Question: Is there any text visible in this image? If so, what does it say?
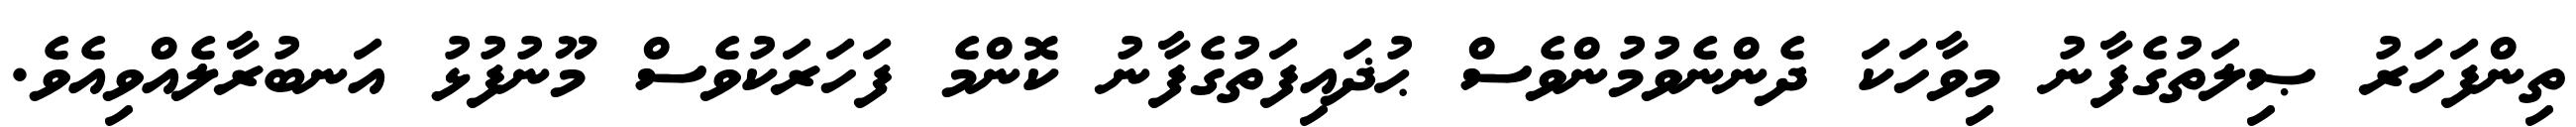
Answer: ތިންފަހަރު ޞިލަތުގެފާނު މިވާހަކަ ދެންނެވުމުންވެސް ޙުޛައިފަތުގެފާނު ކޮންމެ ފަހަރަކުވެސް މޫނުފުޅު އަނބުރާލެއްވިއެވެ.